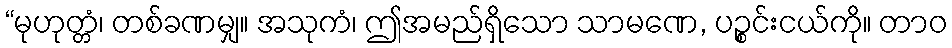
“မုဟုတ္တံ၊ တစ်ခဏမျှ။ အသုကံ၊ ဤအမည်ရှိသော သာမဏေ, ပဉ္စင်းငယ်ကို။ တာဝ